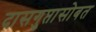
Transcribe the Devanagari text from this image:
दासगुप्तासोबत